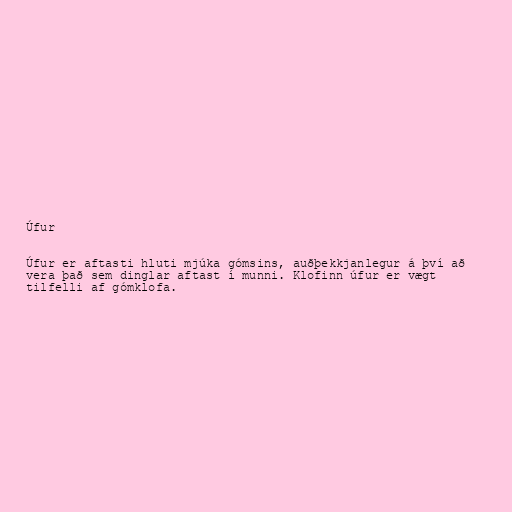
Úfur

Úfur er aftasti hluti mjúka gómsins, auðþekkjanlegur á því að
vera það sem dinglar aftast í munni. Klofinn úfur er vægt
tilfelli af gómklofa.